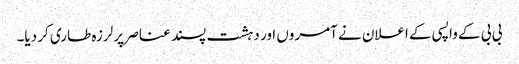
بی بی کے واپسی کے اعلان نے آمروں اور دہشت پسند عناصر پر لرزہ طاری کر دیا۔